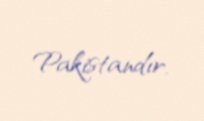
Pakistandır.